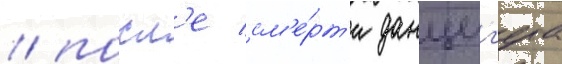
/ посл'е см'е́рт'и данциг'ера